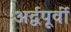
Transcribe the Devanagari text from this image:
अर्द्वपूर्वी